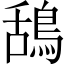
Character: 鴰